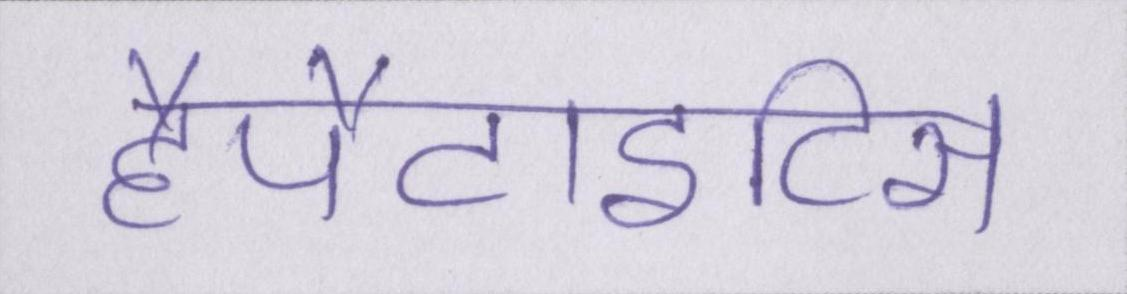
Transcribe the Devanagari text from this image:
हैपैटाइटिस